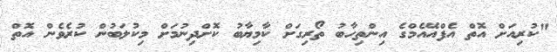
"ކުރިއަށް އޮތް އެފްއޭއެމްގެ އިންތިހާބު ތޯރިގަށް ކާމިޔާބު ކޮށްދިނުމަށް މިކުލަބުން ކުރެވެން އޮތް